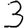
Digit: 3